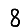
Digit: 8